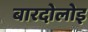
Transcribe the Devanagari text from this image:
बारदोलोइ